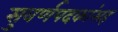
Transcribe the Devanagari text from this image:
सुवर्णपदकांसह